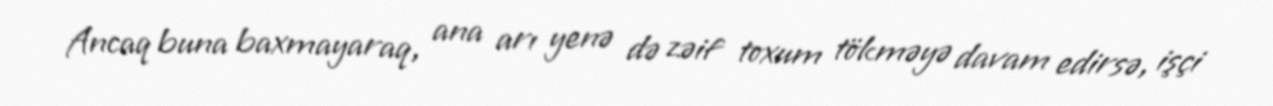
Ancaq buna baxmayaraq, ana arı yenə də zəif toxum tökməyə davam edirsə, işçi